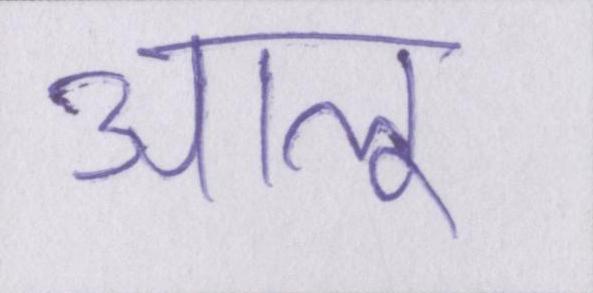
आलू